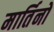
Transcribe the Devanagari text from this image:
मार्तिनो